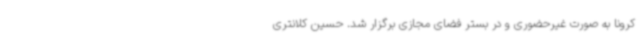
کرونا به صورت غیرحضوری و در بستر فضای مجازی برگزار شد. حسین کلانتری